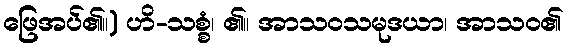
ဖြေအပ်၏။) ဟိ-သစ္စံ၊ ၏။ အာသဝသမုဒယာ၊ အာသဝ၏